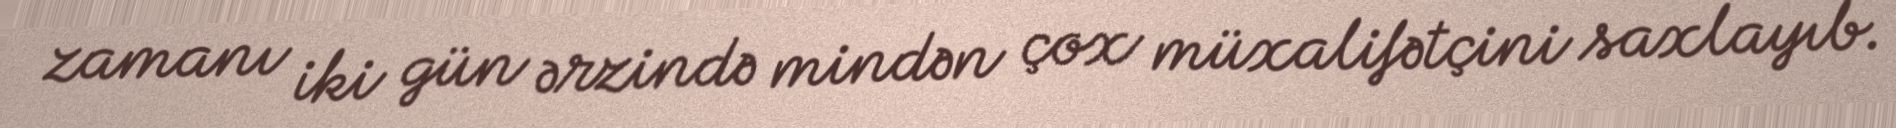
zamanı iki gün ərzində mindən çox müxalifətçini saxlayıb.